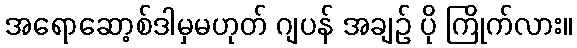
အရောဆော့စ်ဒါမှမဟုတ် ဂျပန် အချဉ် ပို ကြိုက်လား။